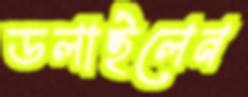
ডলাইলেন